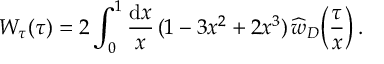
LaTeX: W _ { \tau } ( \tau ) = 2 \int _ { 0 } ^ { 1 } { \frac { \mathrm { d } x } { x } } \, ( 1 - 3 x ^ { 2 } + 2 x ^ { 3 } ) \, \widehat w _ { D } \bigg ( { \frac { \tau } { x } } \bigg ) \, .